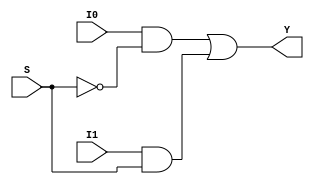
module mux_2_1 (output Y, input I0, I1, S);    //Submodule for Multiplexer used to check if BCD number is valid

   wire a, b, c;
	not (a,S);
	
	and (b, I0, a);
	and (c, I1, S);
	
	or (Y, b, c);
endmodule

module bcd_excess_3 (output [3:0]ex, input [3:0]bcd);      //Let bcd number be ABCD and excess-3 code be wxyz
  
   wire a, b, c, d, e, f, g, h, i, j;
	wire x, y, z;
	wire tempex[3:0];
	
	and (x, bcd[3], bcd[2]);         //Used for checking if a number is greater than 9 or not         
	and (y,  bcd[3], bcd[1]);
	or (z, x, y);
	
	or (a, bcd[1], bcd[0]);
	and (b, bcd[2], a);
	or (tempex[3], bcd[3], b);        //w=A+B(C+D)
	
	not (c, bcd[2]);
	not (d, a);
	and (e, c, a);
	and (f, bcd[2], d);
	or (tempex[2], e, f);             //x=B(C+D)'+B'(C+D)
	
	not (g, bcd[1]);
	not (h, bcd[0]);
	and (i, g, h);
	and (j, bcd[1], bcd[0]);
	or (tempex[1], i, j);             //y=CD+C'D'
	
	not (tempex[0], bcd[0]);          //z=D'
	
	mux_2_1 abcdefg (.Y(ex[3]), .I0(tempex[3]), .I1(1'bx), .S(z));    //Excess-3 code displays don't care if BCD number exceeds 9
	mux_2_1 abcdef (.Y(ex[2]), .I0(tempex[2]), .I1(1'bx), .S(z));
	mux_2_1 abcde (.Y(ex[1]), .I0(tempex[1]), .I1(1'bx), .S(z));
	mux_2_1 abcd (.Y(ex[0]), .I0(tempex[0]), .I1(1'bx), .S(z));

endmodule